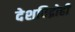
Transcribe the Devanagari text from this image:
देशविद्रोही